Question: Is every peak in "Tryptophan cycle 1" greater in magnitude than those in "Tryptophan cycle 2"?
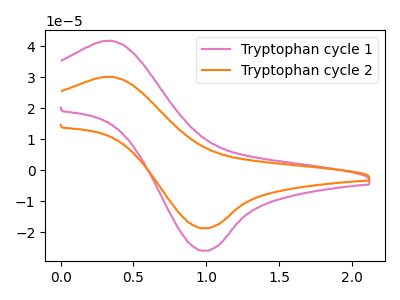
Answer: <think>The pink curve "Tryptophan cycle 1" has an anodic peak at (0.35V, 41.75uA) and a cathodic peak at (1.00V, -26.05uA). The orange curve "Tryptophan cycle 2" has an anodic peak at (0.35V, 30.10uA) and a cathodic peak at (1.00V, -18.80uA).</think>
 <answer>Every peak in "Tryptophan cycle 1" is higher than every peak in "Tryptophan cycle 2".</answer>
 <eval>higher</eval>